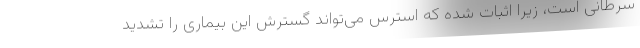
سرطانی است، زیرا اثبات شده که استرس می‌تواند گسترش این بیماری را تشدید